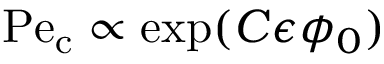
\mathrm { P e } _ { \mathrm { c } } \propto \exp ( C \epsilon \phi _ { 0 } )